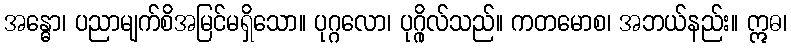
အန္ဓော၊ ပညာမျက်စိအမြင်မရှိသော။ ပုဂ္ဂလော၊ ပုဂ္ဂိုလ်သည်။ ကတမောစ၊ အဘယ်နည်း။ ဣဓ၊